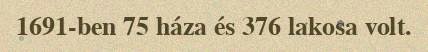
1691-ben 75 háza és 376 lakosa volt.